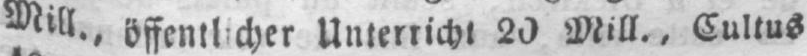
Unterricht 20 Mill., Cultus